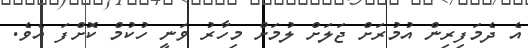
އެ ދެމަފިރިން އުމުރަށް ޖަލަށް ލުމަށް މިހާރު ވަނީ ހުކުމް ކޮށްފަ އެވެ.